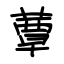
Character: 蕈